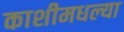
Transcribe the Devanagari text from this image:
काशीमधल्या